Vaccination in Bombay 1889-1901 - 1889-1901
Year: 1889
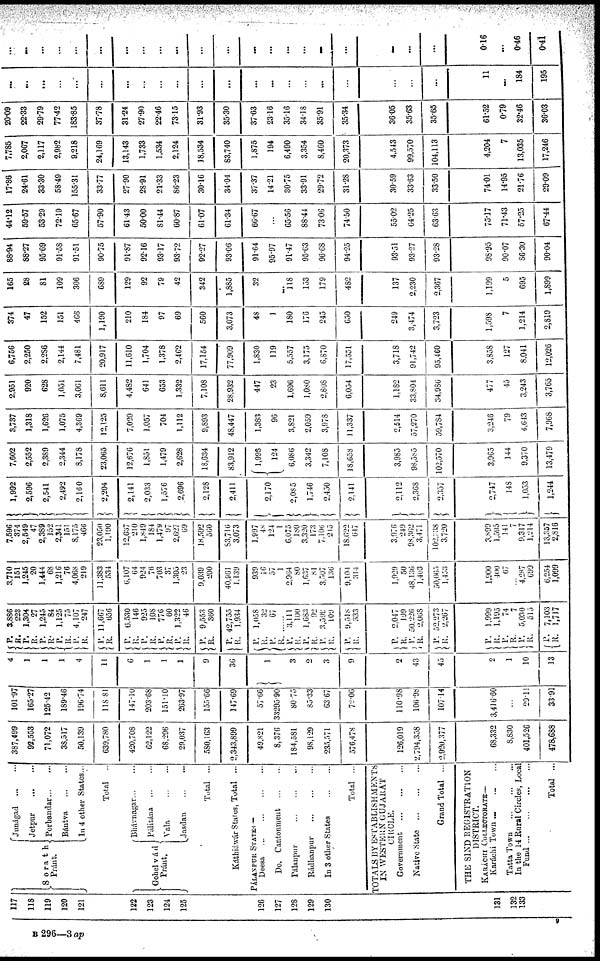
117
118
119
120
121
122
123
124
125
126
127
128
129
130
131
132
133
Sorath
Pránt.
Junágad ... ...
Jetpur
...
...
Porbandar...
...
Bántva
...
...
In 4 other States...
Total
..
Gohelvád
Pránt.
Bhávnagar...
...
Pálitána
...
...
Vala
...
...
Jasdan
...
...
Total ...
Káthiáwár States, Total ...
PÁLANPUR STATES —
Deesa
...
...
...
...
Do. Cantonment
...
...
Pálanpur ... ... ...
Rádhanpur
...
...
...
In 3 other States
Total ...
TOTALS BY ESTABLISHMENTS
IN WESTERN GUJARAT
CIRCLE.
Government
...
...
...
Native State
...
...
...
Grand Total ...
THE SIND REGISTRATION
DISTRICT.
KARÁCHI COLLECTORATE—
Karáchi Town ... ... ...
Tatta Town
...
...
...
In the 14 Rural Circles, Local
Fund ... ... ... ...
Total ...
387,499
92,553
71,072
38,517
50,139
639,780
420,708
62,122
68,296
29,037
580,163
2,343,899
49,821
8,376
184,581
98,129
233,571
576,478
126,019
2,794,358
2,920,377
68,332
8,830
401,526
478,688
101.97
165.27
125.42
189.46
196.74
118.81
147.10
203.68
151.10
263.97
155.66
147.69
57.66
33295.90
80.75
85.33
63.67
72.06
110.98
106.96
107.14
3,416.60
...
29.11
33.91
4
1
1
1
4
11
6
1
1
1
9
36
1
3
2
3
9
2
43
45
2
1
10
13
P.
R. P.
R.
P.
R. P.
R. P.
R.
P.
R.
P.
R. P.
R.
P.
R.
P.
R.
P.
R.
P.
R.
P.
R.
P.
R.
P.
R.
P.
R.
P.
R.
P.
R.
P.
R.
P.
R.
P.
R.
P.
R.
P.
R.
P.
R.
P.
R.
3,886
223
1,304
27
1,245
84
1,125
75
4,107
247
11,667
656
6,530
146
925
108
776
60
1,322
46
9,553
360
42,755
1,934
1,058
32
67
......
3,111
100
1,683
92
3,599
109
9,518
333
2,047
199
30,226
2,068
52,273
2,267
1,999
1,195
74
7
5,030
515
7,103
1,717
3,710
151
1,245
20
1,444
68
1,216
76
4,068
219
11,383
534
6,107
64
924
76
703
37
1,305
23
9,039
200
40,961
1,139
939
16
57
1
2,964
80
1,637
81
3,507
136
9,104
314
1,929
50
48,136
1,403
50,065
1,453
1,900
400
67 ...
4,287
699
6,254
1,099
7,596
374
2,549
47
2,389
152
2,341
151
8,175
466
23,050
1,190
12,637
210
1,849
184
1,479
97
2,627
69
18,592
560
83,716
3,073
1,997
48
124
1
6,075
180
3,320
173
7,106
215
18,622
647
3,976
249
98,362
3,471
102,338
3,720
3,899
1,595
141
7
9,317
1,214
13,357
2,816
1,992
2,596
2,541
2,492
2,160
2,204
2,141
2,033
1,576
2,696
2,128
2,411
2,170
2,085
1,746
2,450
2,141
2,112
2,368
2,357
2,747
148
1,053
1,244
7,602
2,552
2,389
2,344
8,178
23,065
12,676
1,851
1,479
2,628
18,634
83,912
1,093
124
6,086
3,342
7,108
18,658
3,985
98,585
102,570
3,965
144
9,370
13,479
3,737
1,318
1,626
1,075
4,369
12,125
7,020
1,057
704
1,112
9,893
48,447
1,383
96
3,821
2,059
3,978
11,337
2,514
57,270
59,784
3,246
79
4,643
7,968
2,951
920
628
1,051
3,061
8,611
4,482
641
653
1,332
7,108
28,932
447
23
1,696
1,080
2,808
6,054
1,182
33,804
34,986
477
45
3,243
3,765
6,756
2,250
2,286
2,144
7,481
20,917
11,610
1,704
1,378
2,462
17,154
77,909
1,830
119
5,557
3,175
6,870
17,551
3,718
91,742
95,460
3,858
127
8,041
12,026
374
47
152
151
466
1,190
210
184
97
69
560
3,073
48
1
180
176
245
650
249
3,474
3,723
1,598
7
1,214
2,819
165
28
81
109
306
689
129
92
79
42
342
1,885
32
...
118
153
179
482
137
2,230
2,367
1,199
5
695
1,899
88.94
88.27
95.69
91.58
91.51
90.75
91.87
92.16
93.17
93.72
92.27
93.06
91.64
95.97
91.47
95.63
96.68
94.25
93.51
93.27
93.28
98.95
90.07
86.30
90.04
44.12
59.57
53.29
72.19
65.67
57.90
61.43
50.00
81.44
60.87
61.07
61.34
66.67
...
65.56
88.44
73.06
74.50
55.02
64.25
63.63
75.17
71.43
57.25
67.44
17.36
24.61
33.30
58.49
155.31
33.77
27.90
28.91
21.33
86.23
30.16
34.04
37.37
14.21
30.75
33.91
29.72
31.28
30.59
33.63
33.50
74.01
14.95
21.76
29.09
7,785
2,067
2,117
2,982
9,218
24,169
13,143
1,733
1,534
2,124
18,534
83,740
1,875
194
6,490
3,354
8,460
20,373
4,543
99,570
104,113
4,204
7
13,035
17,246
20.09
22.33
29.79
77.42
183.85
37.78
31.24
27.90
22.46
73.15
31.93
35.30
37.63
23.16
35.16
34.18
35.91
35.34
36.05
35.63
35.65
61.52
0.79
32.46
36.03
...
...
...
...
...
...
...
...
...
...
...
...
...
...
...
...
...
...
...
...
...
11
...
184
195
...
...
...
...
...
...
...
...
...
...
...
...
...
...
...
...
...
...
...
...
0.16
...
0.46
0.41
B 296—3 ap
9